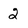
Character: 2